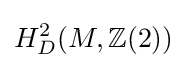
H_{D}^{2}(M,\mathbb {Z} (2))